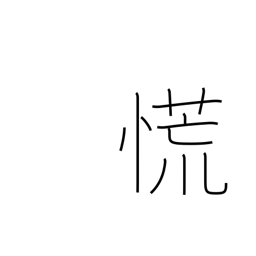
Meaning: lose one's head